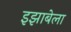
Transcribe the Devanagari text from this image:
इझाबेला